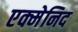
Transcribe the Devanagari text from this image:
एक्मेनिद